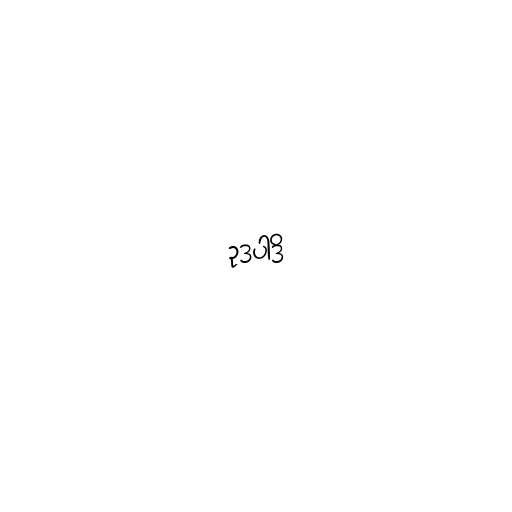
ဥဒပါဒိ